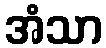
အံသာ